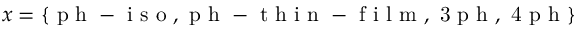
x = \{ \mathrm { ~ p ~ h ~ - ~ i ~ s ~ o ~ , ~ p ~ h ~ - ~ t ~ h ~ i ~ n ~ - ~ f ~ i ~ l ~ m ~ , ~ 3 ~ p ~ h ~ , ~ 4 ~ p ~ h ~ } \}